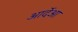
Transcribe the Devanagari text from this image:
आर्देआ